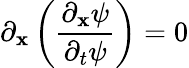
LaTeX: \partial_{\mathbf{x}}\left(\frac{{\partial_{\mathbf{x}}\psi}}{{\partial_{t}\psi}}\right)=0